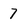
Character: 7